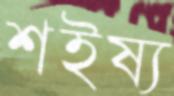
শইষ্য